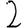
Digit: 2